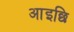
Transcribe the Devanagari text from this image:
आइछि